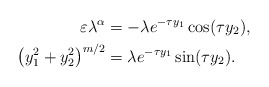
\begin{align*} \varepsilon \lambda ^\alpha &= -\lambda e^{-\tau y_1} \cos (\tau y_2), \\ \left(y^2_1 + y^2_2\right)^{m/2} &= \lambda e ^{-\tau y_1} \sin (\tau y_2). \end{align*}